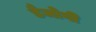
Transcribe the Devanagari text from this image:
डैजोगी